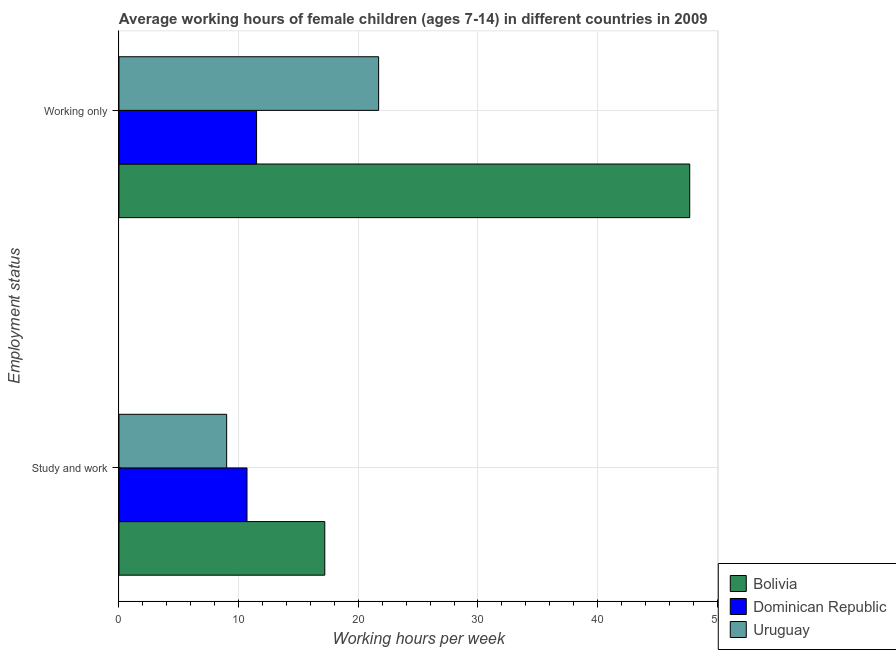
| Employment status | Bolivia | Dominican Republic | Uruguay |
 | --- | --- | --- | --- |
 | Study and work | 17.2 | 10.7 | 9 |
 | Working only | 47.7 | 11.5 | 21.7 |